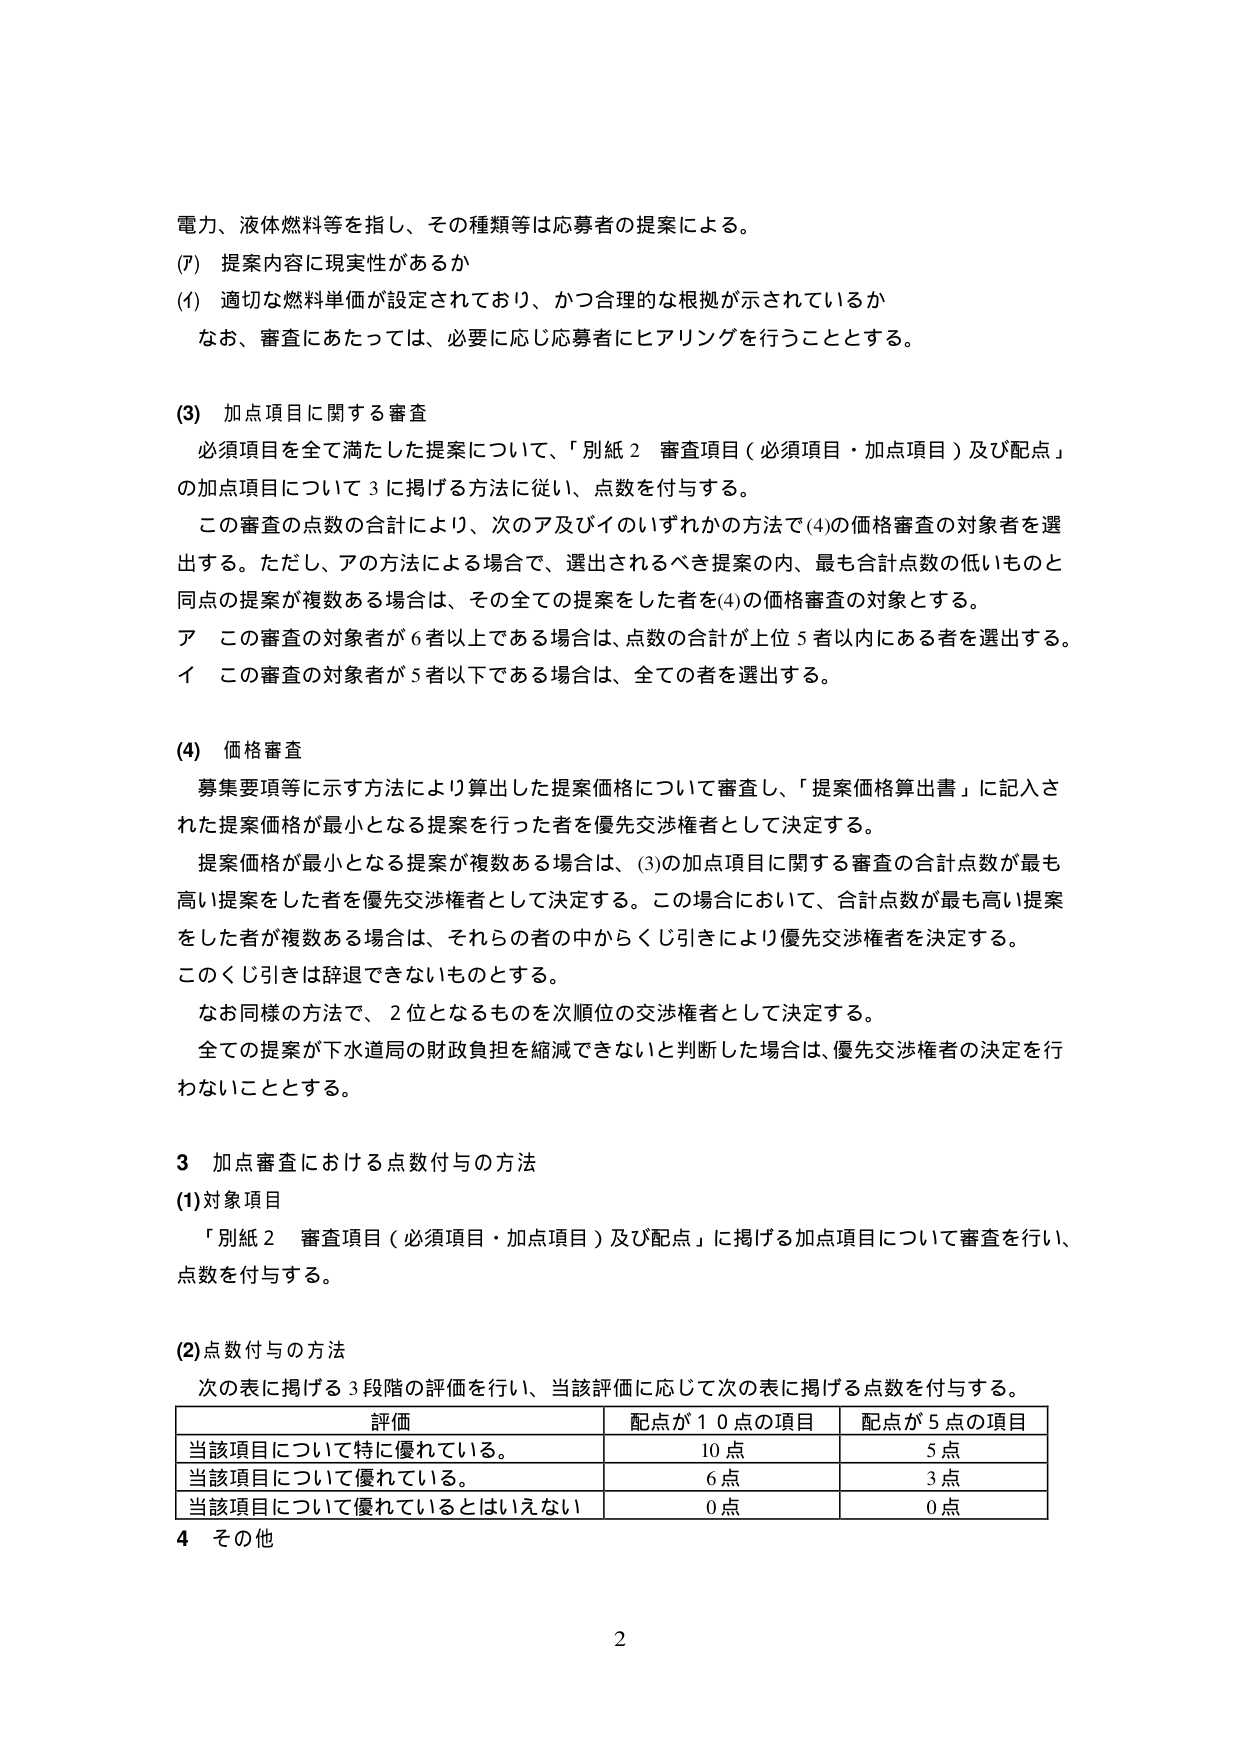
電力、液体燃料等を指し、その種類等は応募者の提案による。

(7) 提案内容に現実性があるか
(1) 適切な燃料単価が設定されており、かつ合理的な根拠が示されているか
　なお、審査にあたっては、必要に応じ応募者にヒアリングを行うこととする。

(3) 加点項目に関する審査
　必須項目を全て満たした提案について、「別紙２ 審査項目（必須項目・加点項目）及び配点」
　の加点項目について３に掲げる方法に従い、点数を付与する。
　この審査の点数の合計により、次のア及びイのいずれかの方法で(4)の価格審査の対象者を選
　出する。ただし、アの方法による場合で、選出されるべき提案の内、最も合計点数の低いものと
　同点の提案が複数ある場合は、その全ての提案をした者を(4)の価格審査の対象とする。
　ア　この審査の対象者が６者以上である場合は、点数の合計が上位５者以内にある者を選出する。
　イ　この審査の対象者が５者以下である場合は、全ての者を選出する。

(4) 価格審査
　募集要項等に示す方法により算出した提案価格について審査し、「提案価格算出書」に記入さ
　れた提案価格が最小となる提案を行った者を優先交渉権者として決定する。
　提案価格が最小となる提案が複数ある場合は、(3)の加点項目に関する審査の合計点数が最も
　高い提案をした者を優先交渉権者として決定する。この場合において、合計点数が最も高い提案
　をした者が複数ある場合は、それらの者の中からくじ引きにより優先交渉権者を決定する。
　このくじ引きは辞退できないものとする。
　なお同様の方法で、２位となるものを次順位の交渉権者として決定する。
　全ての提案が下水道局の財政負担を縮減できないと判断した場合は、優先交渉権者の決定を行
　わないこととする。

３ 加点審査における点数付与の方法
(1)対象項目
　「別紙２ 審査項目（必須項目・加点項目）及び配点」に掲げる加点項目について審査を行い、
　点数を付与する。

(2)点数付与の方法
　次の表に掲げる３段階の評価を行い、当該評価に応じて次の表に掲げる点数を付与する。

| 評価 | 配点が１０点の項目 | 配点が５点の項目 |
|------|------------------|------------------|
| 当該項目について特に優れている。 | 10点 | 5点 |
| 当該項目について優れている。 | 6点 | 3点 |
| 当該項目について優れているとはいえない | 0点 | 0点 |

４ その他

2